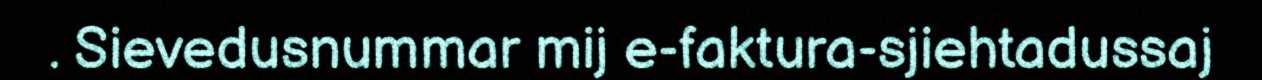
. Sievedusnummar mij e-faktura-sjiehtadussaj